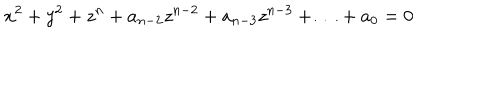
LaTeX: x ^ { 2 } + y ^ { 2 } + z ^ { n } + a _ { n - 2 } z ^ { n - 2 } + a _ { n - 3 } z ^ { n - 3 } + \ldots + a _ { 0 } = 0